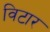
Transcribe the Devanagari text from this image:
विटार